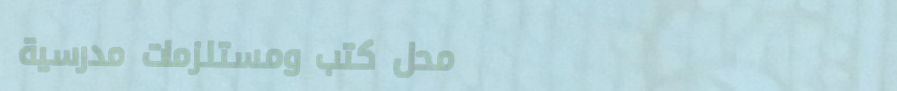
محل كتب ومستلزمات مدرسية